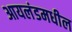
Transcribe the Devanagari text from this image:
आयलंडमधील